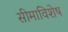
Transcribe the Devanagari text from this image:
सीमाविशेष